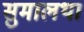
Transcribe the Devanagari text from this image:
सुमालथा